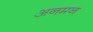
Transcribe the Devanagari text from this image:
अनमन